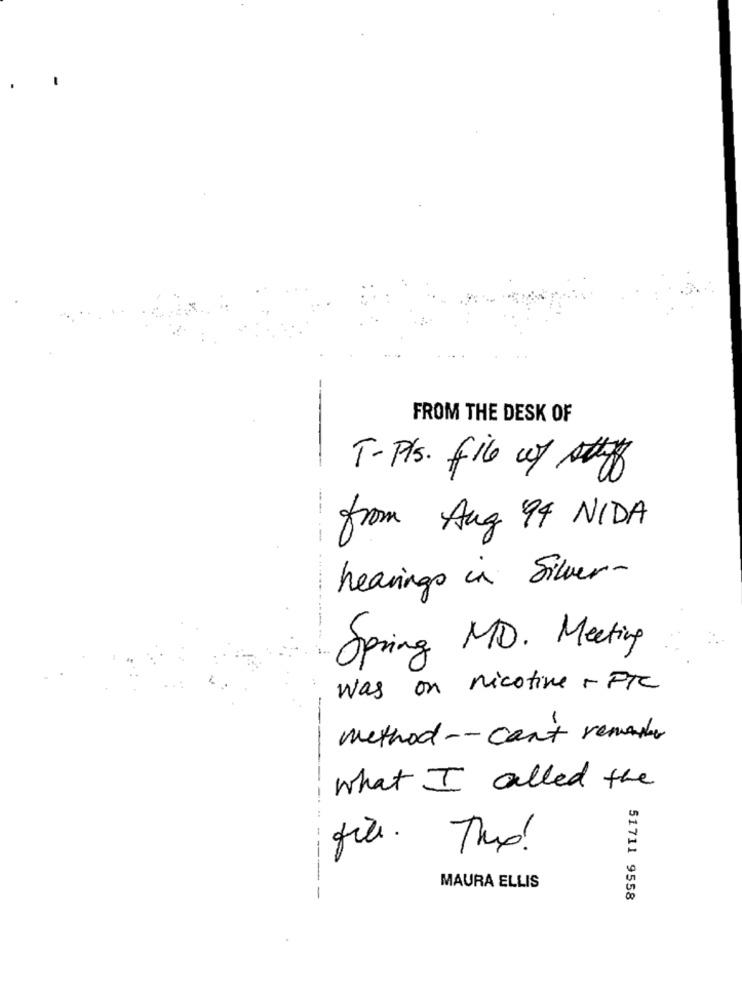
FROM THE DESK OF
-
T-Pls. file of Atte
from Aug 94 NIDA
hearings in Silver-
Spring MD. Meeting
was on nicotine + FTC
method -- can't remember
what I called the
file. There!
MAURA ELLIS
-
51711 9558